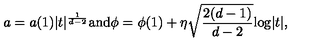
a = a ( 1 ) | t | ^ { \frac { 1 } { d - 2 } } \mathrm { a n d } \phi = \phi ( 1 ) + \eta \sqrt { \frac { 2 ( d - 1 ) } { d - 2 } } \mathrm { l o g } | t | ,